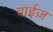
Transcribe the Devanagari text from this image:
वाईज़